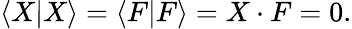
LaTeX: \langle X|X\rangle=\langle F|F\rangle=X\cdot F=0.